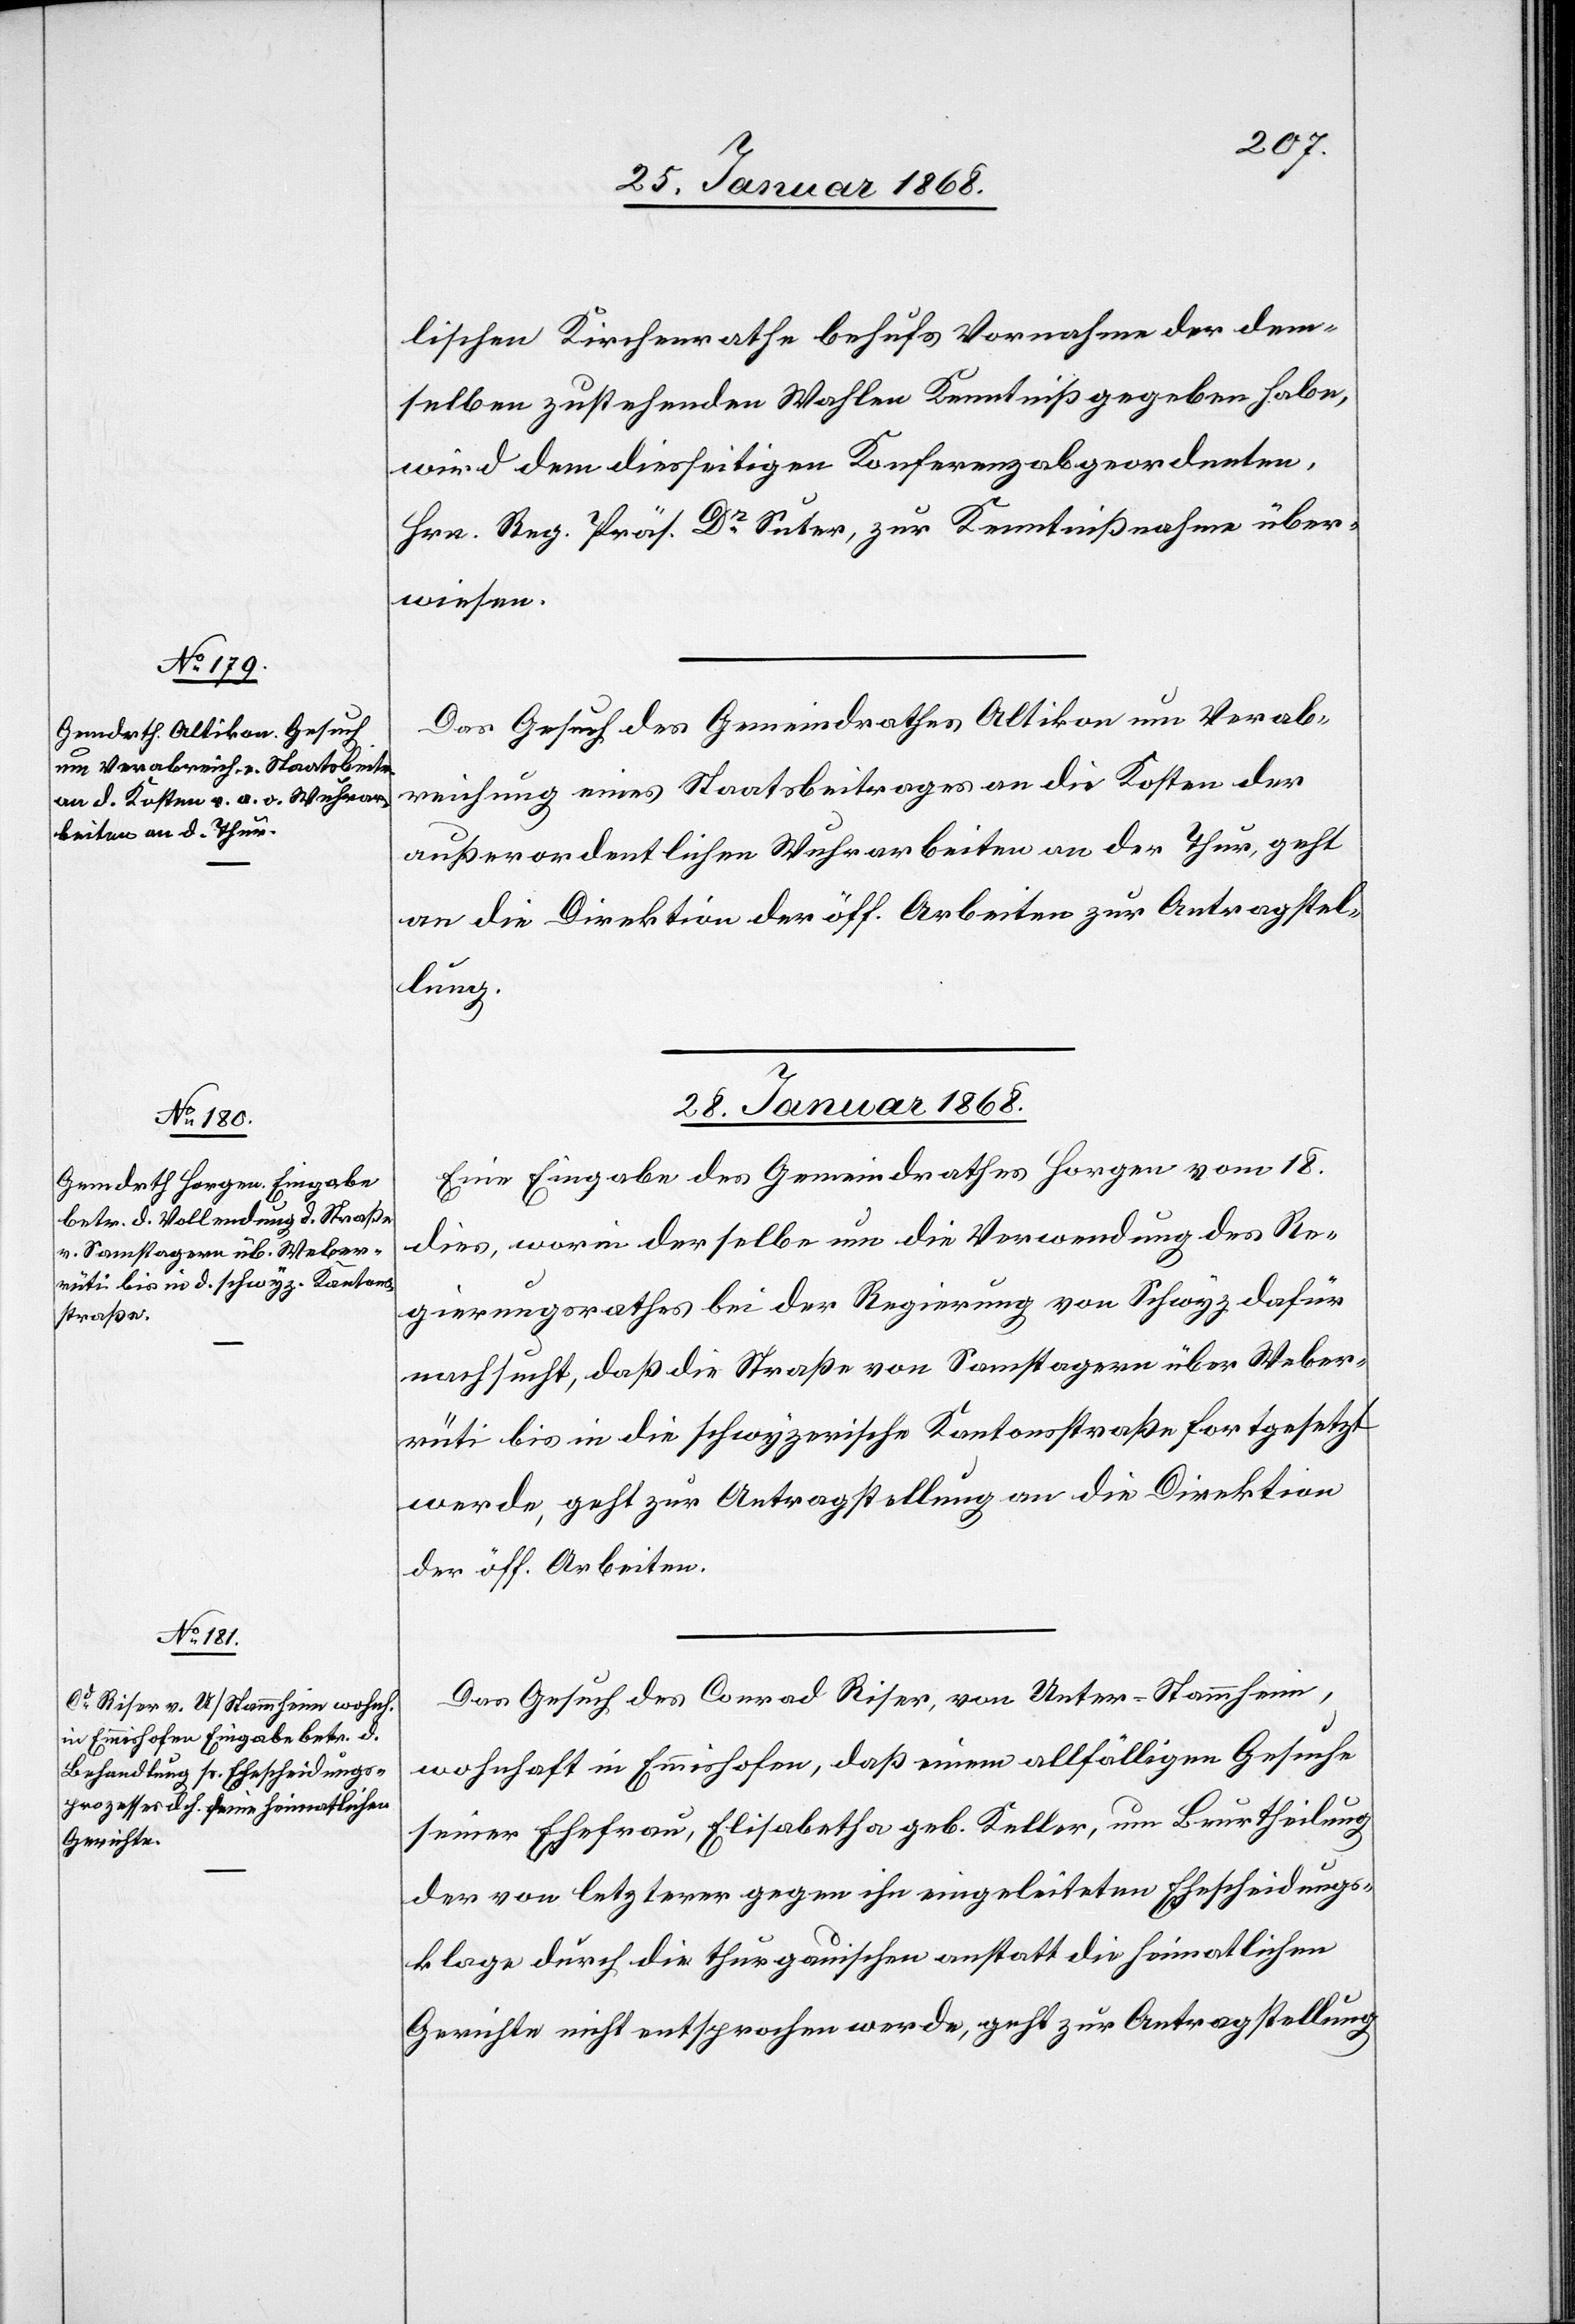
lischen Kirchenrathe behufs Vornahme der dem¬
selben zustehenden Wahlen Kenntniß gegeben habe,
wird dem diesseitigen Konferenzabgeordneten,
Hrn. Reg. Präs. Dr. Suter, zur Kenntnißnahme über¬
wiesen.
Das Gesuch des Gemeindrathes Altikon um Verab¬
reichung eines Staatsbeitrages an die Kosten der
außerordentlichen Wuhrarbeiten an der Thur, geht
an die Direktion der öff. Arbeiten zur Antragstel¬
lung.
28. Januar 1868.]
Eine Eingabe des Gemeindrathes Horgen vom 18.
dies, worin derselbe um die Verwendung des Re¬
gierungsrathes bei der Regierung von Schwyz dafür
nachsucht, daß die Straße von Samstagern über Weber¬
rüti bis in die schwyzerische Kantonsstraße fortgesetzt
werde, geht zur Antragstellung an die Direktion
der öff. Arbeiten.
Das Gesuch des Conrad Riser, von Unter-Stammheim,
wohnhaft in Emmishofen, daß einem allfälligen Gesuche
seiner Ehefrau, Elisabetha geb. Keller, um Beurtheilung
der von letzterer gegen ihn eingeleiteten Ehescheidungs¬
klage durch die thurgauischen anstatt die heimatlichen
Gerichte nicht entsprochen werde, geht zur Antragstellung